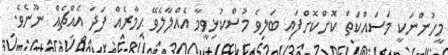
މީހުންނަކީ މަސައްކަތް ކޮށްކޮށްފައި ބަލިވެ މުސްކުޅިވީމާ އެއްލާލެވޭ ޙިމާރެއް ފަދަ އެއްޗެއް ނޫނެވެ.